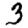
Digit: 3